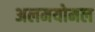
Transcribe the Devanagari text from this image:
अलमयोमल